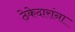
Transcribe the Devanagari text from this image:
ठेकेदारांना